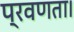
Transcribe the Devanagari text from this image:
प्रवणता।